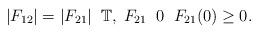
LaTeX: \begin{align*} |F_{12}|=|F_{21}|\; \; \mathbb{T}, \; F_{21} \; \; 0 \; \; F_{21}(0) \geq 0.\end{align*}